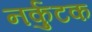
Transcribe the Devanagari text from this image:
नर्कुटक